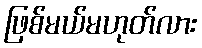
ဖြစ်မယ်မဟုတ်လား